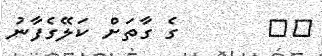
٢٤       ގެ ގާތަށް ކަލޭގެފާނު